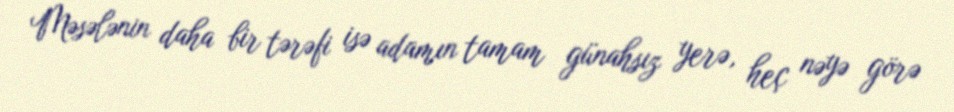
Məsələnin daha bir tərəfi isə adamın tamam günahsız yerə, heç nəyə görə